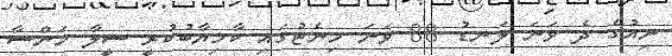
ނިއުގެ ދެ ވަނަ ލަނޑު 88 ވަނަ މިނެޓުގައި ކާމިޔާބުކުރީ ސީލާ މަންސާ